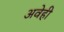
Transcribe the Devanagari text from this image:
अवेही